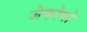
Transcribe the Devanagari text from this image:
जेकोपो